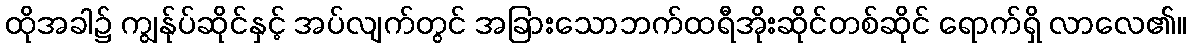
ထိုအခါ၌ ကျွန်ုပ်ဆိုင်နှင့် အပ်လျက်တွင် အခြားသောဘက်ထရီအိုးဆိုင်တစ်ဆိုင် ရောက်ရှိ လာလေ၏။